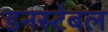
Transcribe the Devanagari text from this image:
डनस्टेबल